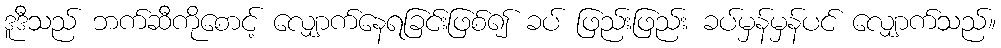
ဒူဒီသည် ဘက်ဆီကိုစောင့် လျှောက်နေရခြင်းဖြစ်၍ ခပ် ဖြည်းဖြည်း ခပ်မှန်မှန်ပင် လျှောက်သည်။